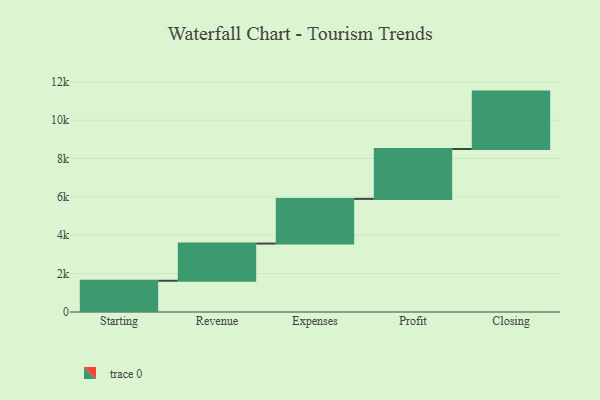
{"axis": {"x": "Step", "y": "Value"}, "legend": [""], "data": [{"x": "Starting", "y": 1629.0, "type": ""}, {"x": "Revenue", "y": 1939.0, "type": ""}, {"x": "Expenses", "y": 2329.0, "type": ""}, {"x": "Profit", "y": 2600.0, "type": ""}, {"x": "Closing", "y": 2993.0, "type": ""}]}